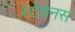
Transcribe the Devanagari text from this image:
स्टेशनस